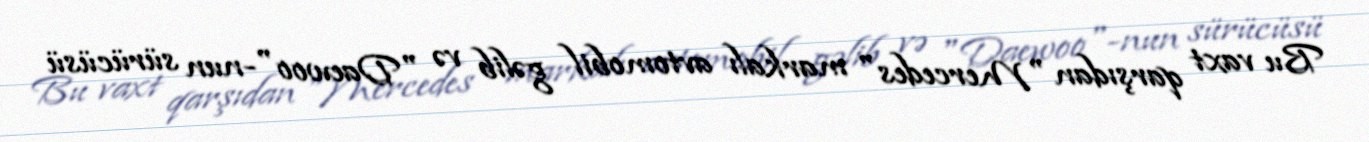
Bu vaxt qarşıdan "Mercedes" markalı avtomobil gəlib və "Daewoo"-nun sürücüsü